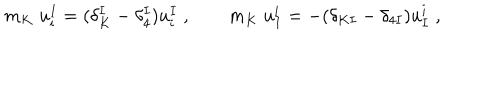
m _ { K } \; u _ { i } ^ { I } = ( \delta _ { K } ^ { I } - \delta _ { 4 } ^ { I } ) u _ { i } ^ { I } \; , \qquad m _ { K } \; u _ { I } ^ { i } = - ( \delta _ { K I } - \delta _ { 4 I } ) u _ { I } ^ { i } \; ,